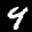
Label: 4